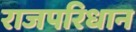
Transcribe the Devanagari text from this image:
राजपरिधान